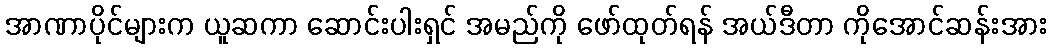
အာဏာပိုင်များက ယူဆကာ ဆောင်းပါးရှင် အမည်ကို ဖော်ထုတ်ရန် အယ်ဒီတာ ကိုအောင်ဆန်းအား